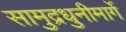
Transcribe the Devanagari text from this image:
सामुद्रधुनीमार्गे